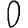
Digit: 0